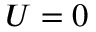
U = 0